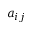
a _ { i j }